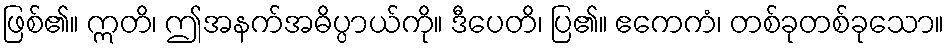
ဖြစ်၏။ ဣတိ၊ ဤအနက်အဓိပ္ပာယ်ကို။ ဒီပေတိ၊ ပြ၏။ ဧကေကံ၊ တစ်ခုတစ်ခုသော။